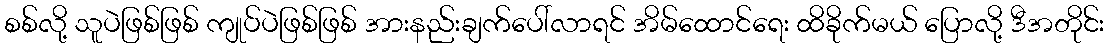
စစ်လို့ သူပဲဖြစ်ဖြစ် ကျုပ်ပဲဖြစ်ဖြစ် အားနည်းချက်ပေါ်လာရင် အိမ်ထောင်ရေး ထိခိုက်မယ် ပြောလို့ ဒီအတိုင်း